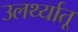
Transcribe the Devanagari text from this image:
उलर्थ्यातू